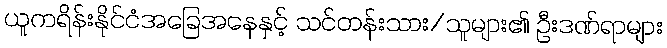
ယူကရိန်းနိုင်ငံအခြေအနေနှင့် သင်တန်းသား/သူများ၏ ဦးဒဏ်ရာများ